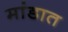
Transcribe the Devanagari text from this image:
मांडात